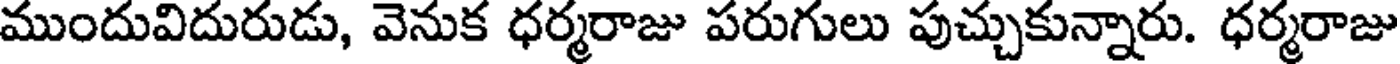
ముందువిదురుడు, వెనుక ధర్మరాజు పరుగులు పుచ్చుకున్నారు. ధర్మరాజు